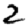
Digit: 2